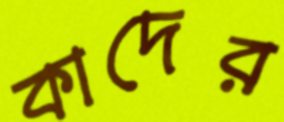
কাদের